Scottish Leaving Certificate Examination, 1957
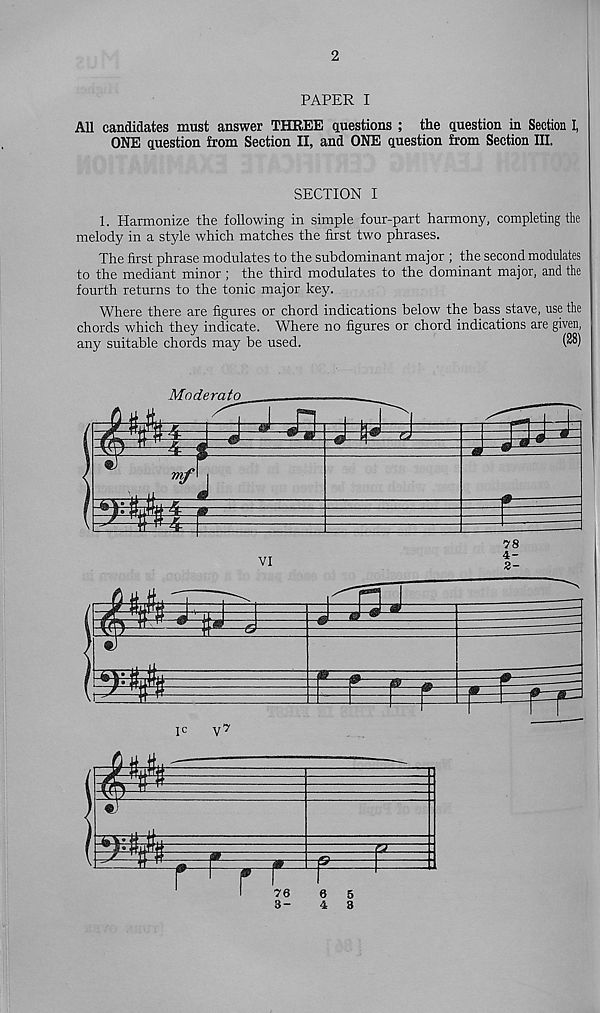
2
PAPER I
All candidates must answer THREE questions ; the question in Section I,
ONE question from Section II, and ONE question from Section III.
SECTION I
1. Harmonize the following in simple four-part harmony, completing the
melody in a style which matches the first two phrases.
The first phrase modulates to the subdominant major ; the second modulates
to the mediant minor ; the third modulates to the dominant major, and the
fourth returns to the tonic major key.
Where there are figures or chord indications below the bass stave, use the
chords which they indicate. Where no figures or chord indications are given,
any suitable chords may be used.
(^)